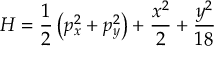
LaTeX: H = \frac { 1 } { 2 } \left( p _ { x } ^ { 2 } + p _ { y } ^ { 2 } \right) + \frac { x ^ { 2 } } { 2 } + \frac { y ^ { 2 } } { 1 8 }